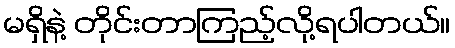
မရှိနဲ့ တိုင်းတာကြည့်လို့ရပါတယ်။